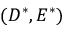
( D ^ { * } , E ^ { * } )